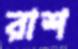
রাশ